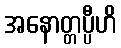
အနောတ္တပ္ပီဟိ